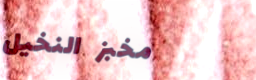
مخبز النخيل